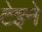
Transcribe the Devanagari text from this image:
टेइने